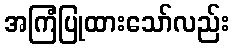
အကြံပြုထားသော်လည်း